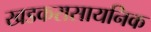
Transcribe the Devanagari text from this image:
खडकरासायनिक